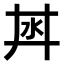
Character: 𣲜